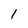
Character: 1